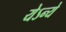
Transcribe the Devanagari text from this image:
येऽन्ये